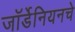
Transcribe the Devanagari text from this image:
जॉर्डेनियनचे